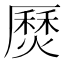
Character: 㷴